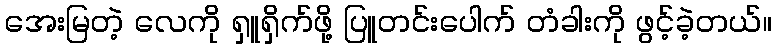
အေးမြတဲ့ လေကို ရှူရှိက်ဖို့ ပြူတင်းပေါက် တံခါးကို ဖွင့်ခဲ့တယ်။